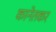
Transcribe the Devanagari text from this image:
कानेतकर